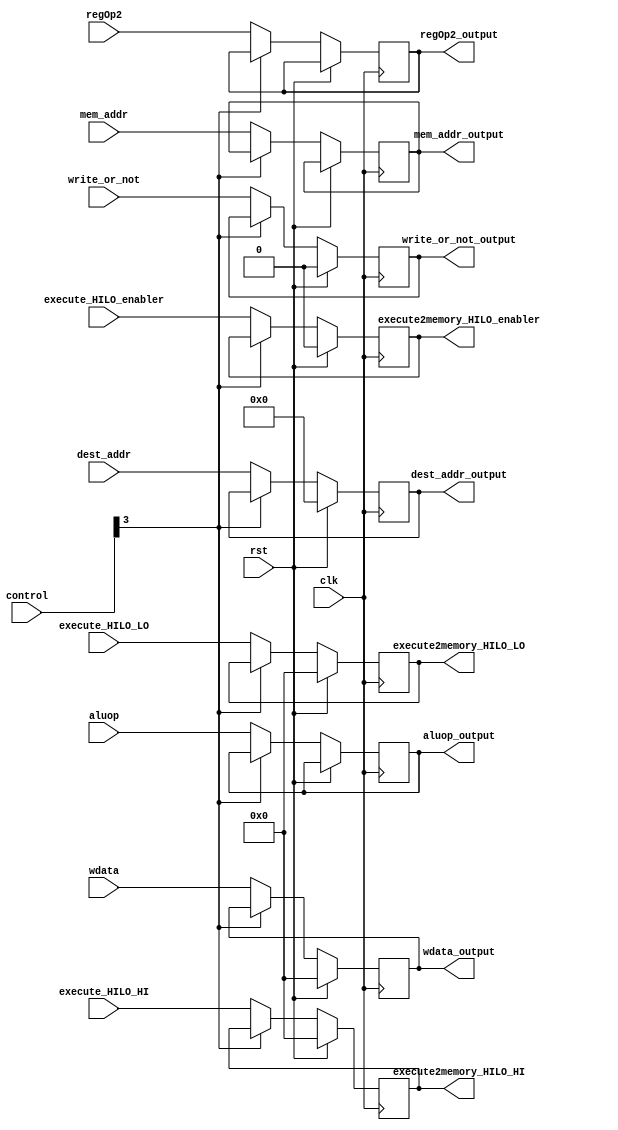
`timescale 1ns / 1ps
//////////////////////////////////////////////////////////////////////////////////
// Company: 
// Engineer: 
// 
// Design Name: 
// Module Name:    execute2memory 
// Project Name: 
// Target Devices: 
// Tool versions: 
// Description: 
//
// Dependencies: 
//
// Revision: 
// Revision 0.01 - File Created
// Additional Comments: 
//
//////////////////////////////////////////////////////////////////////////////////
module execute2memory(
    input rst,
    input clk,
    input wire[4:0] dest_addr,
    input write_or_not,
    input wire[31:0] wdata,

    input execute_HILO_enabler,
    input wire[31:0] execute_HILO_HI,
    input wire[31:0] execute_HILO_LO,
    
    output reg[4:0] dest_addr_output,
    output reg write_or_not_output,
    output reg[31:0] wdata_output,

    output reg execute2memory_HILO_enabler,
    output reg[31:0] execute2memory_HILO_HI,
    output reg[31:0] execute2memory_HILO_LO,

    input wire[7:0] aluop,
    input wire[31:0] mem_addr,
    input wire[31:0] regOp2,
    output reg[7:0] aluop_output,
    output reg[31:0] mem_addr_output,
    output reg[31:0] regOp2_output,

    input wire[5:0] control
    );

    always @ (posedge clk) begin
        if (rst == 1) begin
            dest_addr_output <= 0;
            write_or_not_output <= 0;
            wdata_output <= 0;
            execute2memory_HILO_enabler <= 0;
            execute2memory_HILO_HI <= 0;
            execute2memory_HILO_LO <= 0;
        end else if(control[3] == 0) begin
            dest_addr_output <= dest_addr;
            write_or_not_output <= write_or_not;
            wdata_output <= wdata;
            execute2memory_HILO_enabler <= execute_HILO_enabler;
            execute2memory_HILO_HI <= execute_HILO_HI;
            execute2memory_HILO_LO <= execute_HILO_LO;
            aluop_output <= aluop;
            mem_addr_output <= mem_addr;
            regOp2_output <= regOp2;
        end
    end
endmodule